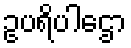
ဥပရိပါဌော